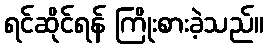
ရင်ဆိုင်ရန် ကြိုးစားခဲ့သည်။